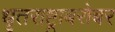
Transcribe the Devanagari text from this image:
धृतराष्ट्राबरोबर